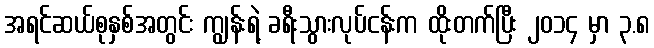
အရင်ဆယ်စုနှစ်အတွင်း ကျွန်းရဲ့ ခရီးသွားလုပ်ငန်းက ထိုးတက်ပြီး ၂၀၁၄ မှာ ၃.၈